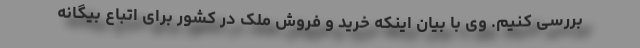
بررسی کنیم. وی با بیان اینکه خرید و فروش ملک در کشور برای اتباع بیگانه